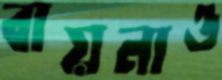
বায়নাও